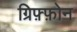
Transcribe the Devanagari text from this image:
ग्रिफ़्फ़ोन